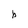
Character: b